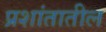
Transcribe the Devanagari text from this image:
प्रशांतातील